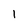
Character: 1